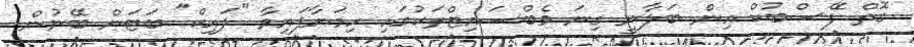
ގޮތް ފޭސްބުކް އިން ބަލާނީ ގިނަ ވެބްސައިޓްތަކުގައި ހިމަނާފައިވާ "ލައިކް" ބަޓަން ބޭނުން